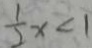
\frac { 1 } { 2 } x < 1